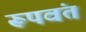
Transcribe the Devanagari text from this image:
रूपवंत